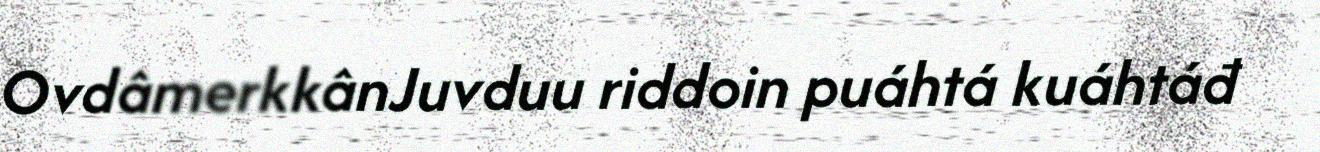
OvdâmerkkânJuvduu riddoin puáhtá kuáhtáđ